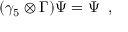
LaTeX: ( \gamma _ { 5 } \otimes \Gamma ) \Psi = \Psi \; \; ,